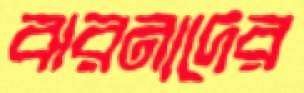
ঝরনাদের